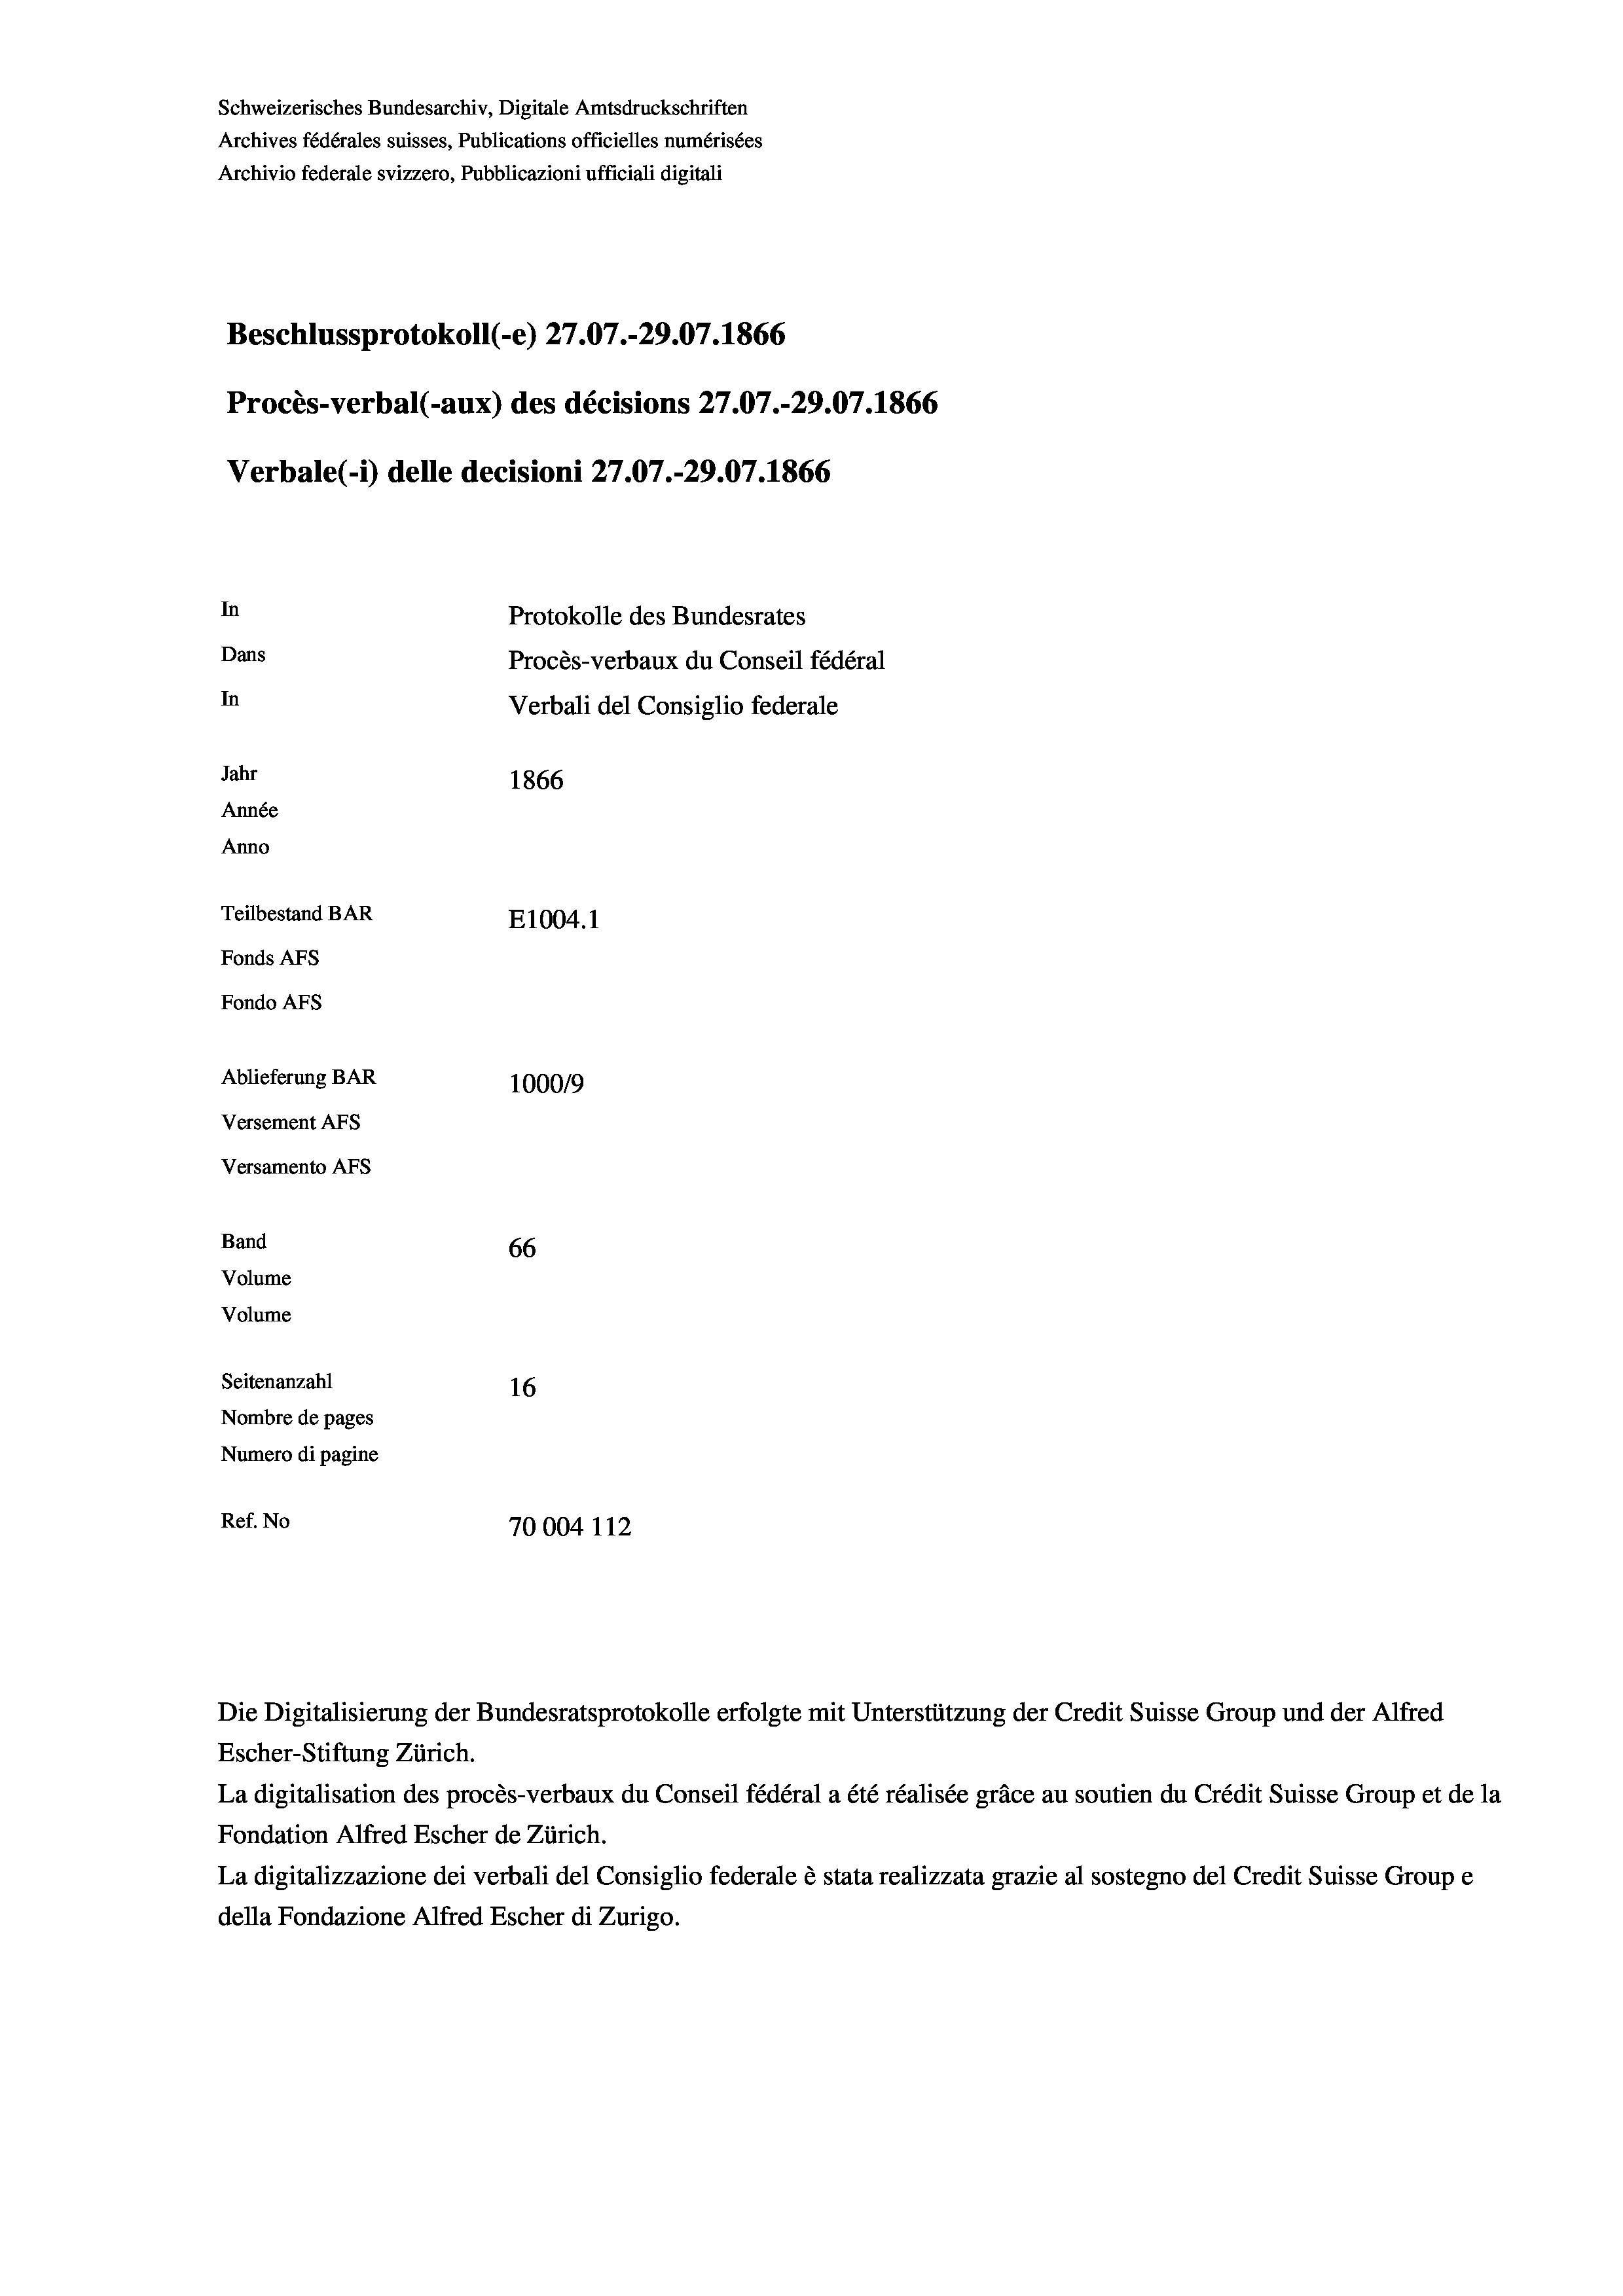
Schweizerisches Bundesarchiv, Digitale Amtsdruckschriften
Archives fédérales suisses, Publications officielles numérisées
Archivio federale svizzero, Pubblicazioni ufficiali digitali
Beschlussprotokoll (-e) 27.07.-29.07. 1866
Procès-verbal (-aux) des décisions 27.07.-29.07. 1866
In
Protokolle des Bundesrates
Dans
Procès-verbaux du Conseil fédéral
In
Verbali del Consiglio federale
Jahr
1866
Année
Anno
Teilbestand BAR
E1004. 1
Fonds AFs
Fondo AFs
Ablieferung BAR
100019
Versement AFs
Versamento Afs

Band
Volume
Volume

Verbale (i) delle decisioni 27.07.-29.07. 1866

66
Seitenanzahl
16
Nombre de pages
Numero di pagine
Ref. No
70004 112

Escher-Stiftung Zürich.
La digitalisation des procès-verbaux du Conseil fédéral a été réalisée gräce au soutien du Crédit Suisse Group et de la
Fondation Alfred Escher de Zürich.
La digitalizzazione dei verbali del Consiglio federale è stata realizzata grazie al sostegno del Credit Suisse Groupe
della Fondazione Alfred Escher di Zurigo.

Die Digitalisierung der Bundesratsprotokolle erfolgte mit Unterstützung der Credit Suisse Group und der Alfred